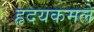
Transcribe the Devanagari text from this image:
हृदयकमले